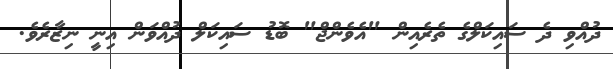
ދުއްވި ދެ ސައިކަލްގެ ތެރެއިން "އެވެންޖް" ބޮޑު ސައިކަލް ދުއްވަން އިނީ ނިޒާރެވެ.